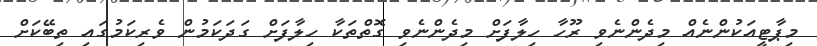
މިޕާޓީއަކުންނެއް މިދެންނެވި ރޫހާ ހިލާފަށް މިދެންނެވި ގޮތްތަކާ ހިލާފަށް ގަދަކަމުން ވެރިކަމުގައި ތިބޭކަށް